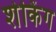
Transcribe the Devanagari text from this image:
शेकिंग